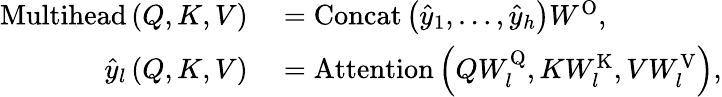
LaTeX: \begin{array}{rl}{\mathrm{Multihead}\left(Q,K,V\right)}&{{}=\mathrm{Concat}\left(\hat{y}_{1},\dots,\hat{y}_{h}\right)W^{\mathrm{O}},}\\ {\hat{y}_{l}\left(Q,K,V\right)}&{{}=\mathrm{Attention}\left(QW_{l}^{\mathrm{Q}},KW_{l}^{\mathrm{K}},VW_{l}^{\mathrm{V}}\right),}\end{array}